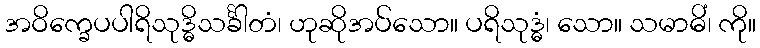
အဝိက္ခေပပါရိသုဒ္ဓိသင်္ခါတံ၊ ဟုဆိုအပ်သော။ ပရိသုဒ္ဓံ၊ သော။ သမာဓိံ၊ ကို။